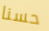
حسنا